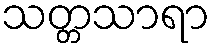
သတ္တသာရာ